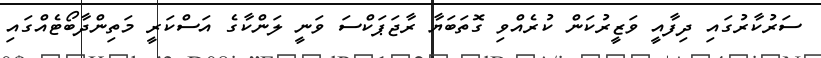
ސަރުކާރުގައި ދިފާއީ ވަޒީރުކަން ކުރެއްވި ގޮތަބަޔާ ރާޖަޕަކްސަ ވަނީ ލަންކާގެ އަސްކަރީ މަތިންދާބޯޓެއްގައި